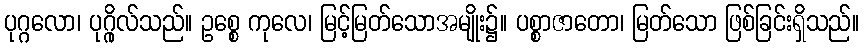
ပုဂ္ဂလော၊ ပုဂ္ဂိုလ်သည်။ ဥစ္စေ ကုလေ၊ မြင့်မြတ်သောအမျိုး၌။ ပစ္စာဇာတော၊ မြတ်သော ဖြစ်ခြင်းရှိသည်။